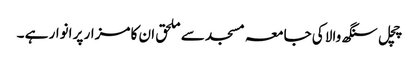
چچل سنگھ والا کی جامعہ مسجد سے ملحق ان کا مزار پر انوار ہے ۔